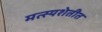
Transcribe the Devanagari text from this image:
मत्स्यशेतीत